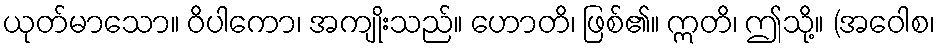
ယုတ်မာသော။ ဝိပါကော၊ အကျိုးသည်။ ဟောတိ၊ ဖြစ်၏။ ဣတိ၊ ဤသို့။ (အဝေါစ၊